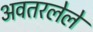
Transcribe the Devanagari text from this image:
अवतरलेले